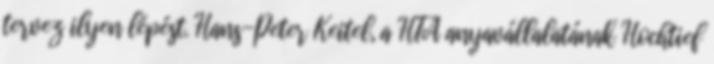
tervez ilyen lépést. Hans-Peter Keitel, a HTA anyavállalatának Hochtief